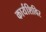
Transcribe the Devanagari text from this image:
कार्यशिविर